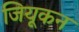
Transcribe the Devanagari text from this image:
जियूकन